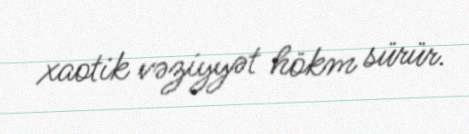
xaotik vəziyyət hökm sürür.